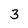
Character: 3